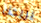
يريحك